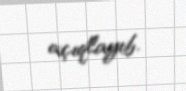
açıqlayıb.